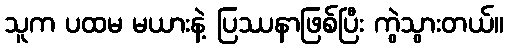
သူက ပထမ မယားနဲ့ ပြဿနာဖြစ်ပြီး ကွဲသွားတယ်။